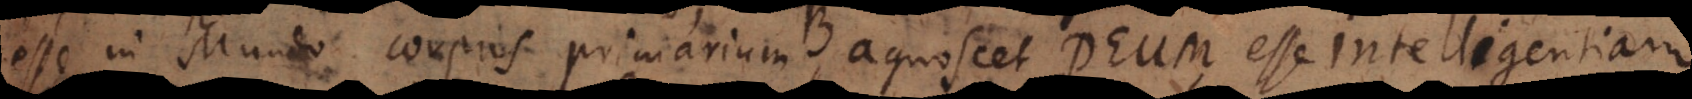
esse in Mundo corpus primarium, agnoscet Deum esse ut